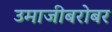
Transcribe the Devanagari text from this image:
उमाजीबरोबर